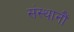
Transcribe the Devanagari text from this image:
संस्थानौं